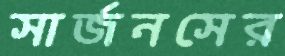
সার্জনসের